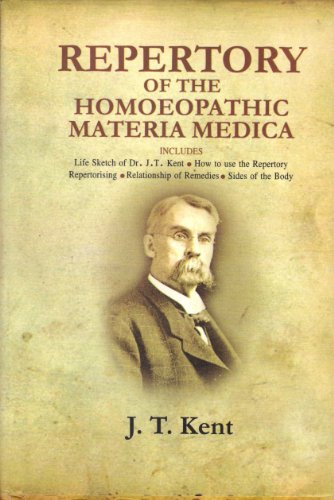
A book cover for Repertory of the Homoeopathic Materia Medica; J. T. Kent; Health, Fitness & Dieting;